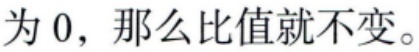
为\(0\)，那么比值就不变。